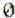
0